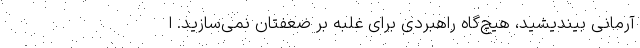
آرمانی بیندیشید، هیچ‌گاه راهبردی برای غلبه بر ضعفتان نمی‌سازید. ا